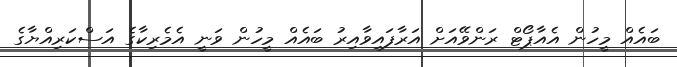
ބައެއް މީހުން އެއާޕޯޓް ރަންވޭއަށް އަރާފައިވާއިރު ބައެއް މީހުން ވަނީ އެމެރިކާގެ އަސްކަރިއްޔާގެ